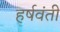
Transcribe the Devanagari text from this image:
हर्षवंती